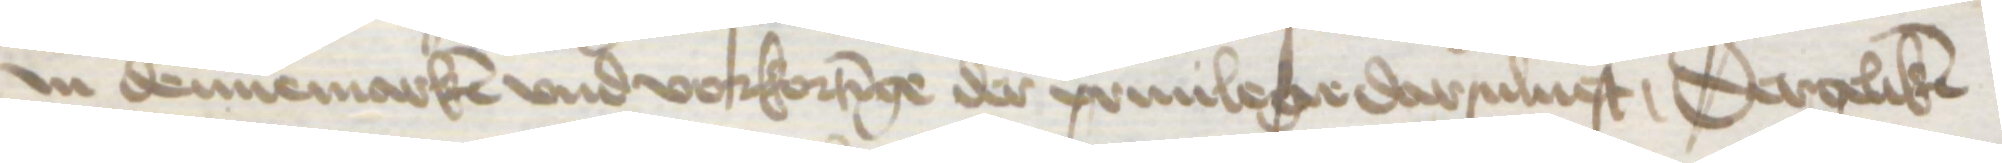
Jn dennemarken vnd vorkortinge der priuilege darsuluest, Dergeliken